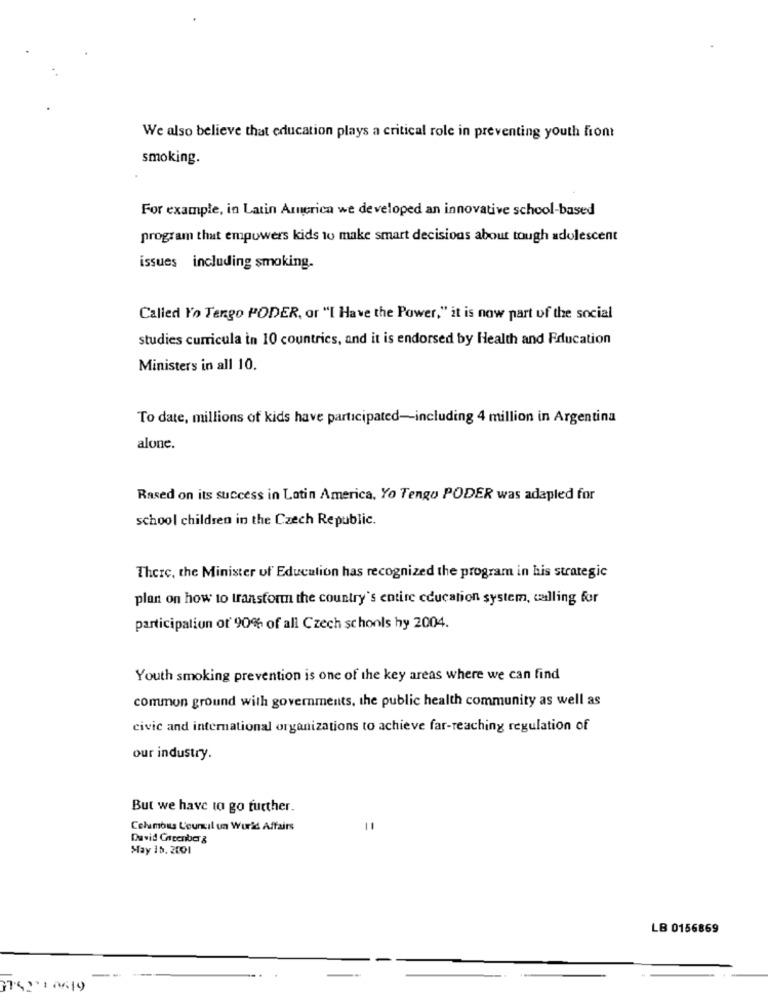
We also believe that education plays a critical role in preventing youth front
smoking.
For example, in Latin America we developed an innovative school-based
program that empowers kids to make smart decisions about tough adolescent
issues including smoking.
Called Yo Tengo PODER, or "I Have the Power," it is now part of the social
studies curricula in 10 countries, and it is endorsed by Health and Education
Ministers in all 10.
To date, millions of kids have participated-including 4 million in Argentina
alone.
Rased on its success in Latin America. Yo Tengo PODER was adapled for
school children in the Czech Republic.
There, the Minister of Education has recognized the program in his strategic
plan on how to transform the country's entire education system, calling for
participation of 90% of all Czech schools hy 2004.
Youth smoking prevention is one of the key areas where we can find
common ground with governments, the public health community as well as
civic and international organizations to achieve far-reaching regulation of
our industry.
But we have to go further.
Columbus Council un Wur'd Affairs
David Carpenberg
May 15. 2001
LB 0156869
375210619